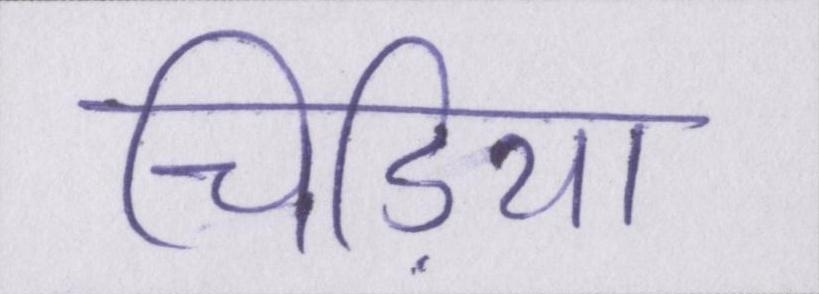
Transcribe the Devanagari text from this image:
चिड़िया